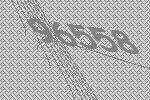
96558